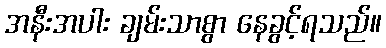
အနီးအပါး ချမ်းသာစွာ နေခွင့်ရသည်။